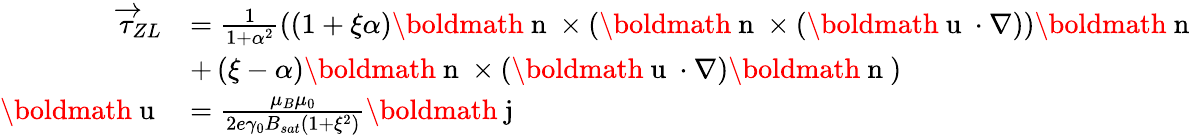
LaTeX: \begin{array}{rl}{\overrightarrow{\tau}_{ZL}}&{=\frac{1}{1+\alpha^{2}}\left(\left(1+\xi\alpha\right)\mathrm{\boldmath~n~}\times\left(\mathrm{\boldmath~n~}\times\left(\mathrm{\boldmath~u~}\cdot\nabla\right)\right)\mathrm{\boldmath~n~}\right.}\\ &{+\left.\left(\xi-\alpha\right)\mathrm{\boldmath~n~}\times\left(\mathrm{\boldmath~u~}\cdot\nabla\right)\mathrm{\boldmath~n~}\right)}\\ {\mathrm{\boldmath~u~}}&{=\frac{\mu_{B}\mu_{0}}{2e\gamma_{0}B_{sat}\left(1+\xi^{2}\right)}\mathrm{\boldmath~j~}}\end{array}